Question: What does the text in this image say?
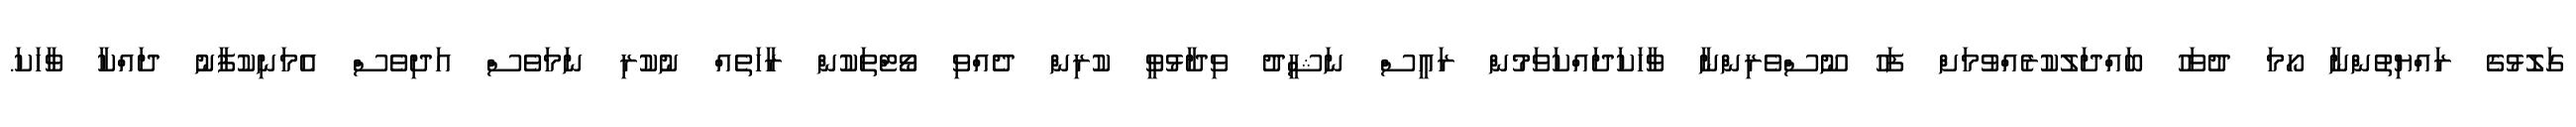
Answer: ގަލޮޅުގެ ރައްޔިތުންނާ ހޯމަ ދުވަހު ބައްދަލުކުރެއްވުމަށް ފަހު ނޫސްވެރިންނާ ވާހަކަދައްކަވަމުން ރައީސް ނަޝީދު ވިދާޅުވީ ކުރިން ދެއްވި ވޯޓްތަކުން ރާހަތެއް ނުކުރި ނަމަވެސް އަދިވެސް އެމަނިކުފާނު ދައްކާ ވާހަކަ.